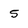
Character: 5